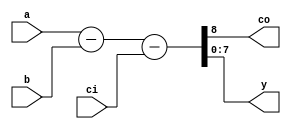
`timescale 1ns/1ns

module sub(a, b, ci, co, y);
	input  [7:0] a, b;
	input        ci;
	output       co;
	output [7:0] y;
	reg    [7:0] y;
	reg          co;
	
	always@(a or b or ci) begin
		{co, y} <= a - b - ci;
	end
	
endmodule